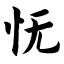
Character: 怃